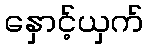
နှောင့်ယှက်